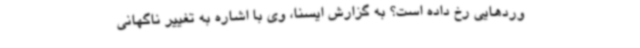
وردهایی رخ داده است؟ به گزارش ایسنا، وی با اشاره به تغییر ناگهانی